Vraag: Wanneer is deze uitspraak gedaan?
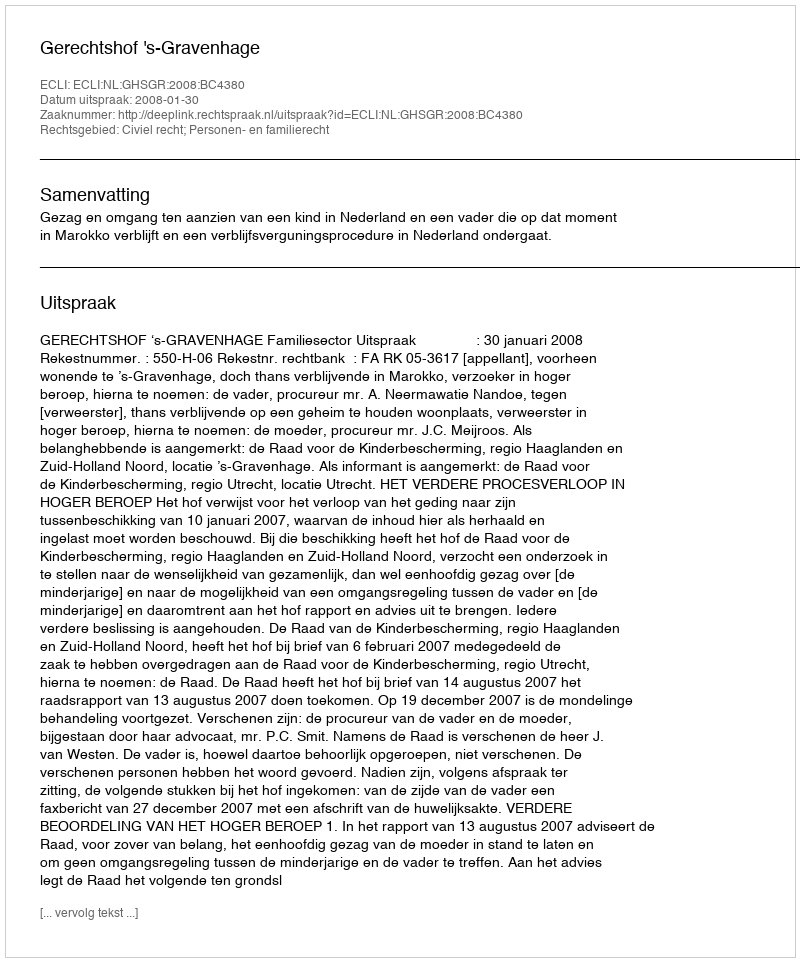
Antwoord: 2008-01-30